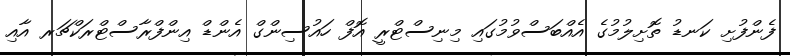
ފެންފުށި ކަނޑު ތޮށިލުމުގެ އެއްބަސްވުމުގައި މިނިސްޓްރީ އޮފް ހައުސިންގް އެންޑް އިންފްރާސްޓްރަކްޗަރ އާއި